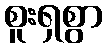
စူးရှစွာ